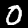
Digit: 0